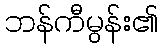
ဘန်ကီမွန်း၏